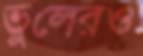
ভুলেরও